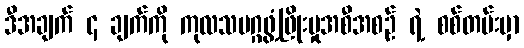
ဒီအချက် ၄ ချက်ကို ကုလသမဂ္ဂဖွံ့ဖြိုးမှုအစီအစဉ် ရဲ့ စစ်တမ်းမှာ